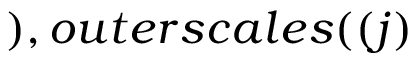
) , o u t e r s c a l e s ( ( j )